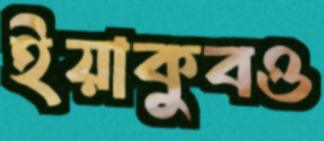
ইয়াকুবও